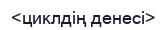
<циклдің денесі>